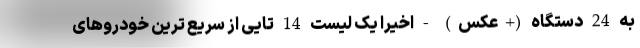
به 24 دستگاه (+عکس) - اخیرا یک لیست 14 تایی از سریع ترین خودروهای